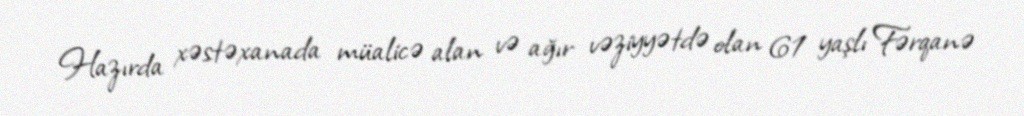
Hazırda xəstəxanada müalicə alan və ağır vəziyyətdə olan 61 yaşlı Fərqanə